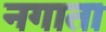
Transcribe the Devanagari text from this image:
नगाता